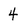
Character: 4